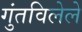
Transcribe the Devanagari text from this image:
गुंतविलेले